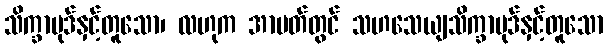
သိက္ခာပုဒ်နှင့်တူသော၊ လဟုက အာပတ်တွင် သဟသေယျသိက္ခာပုဒ်နှင့်တူသော